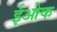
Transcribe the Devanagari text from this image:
ईओक